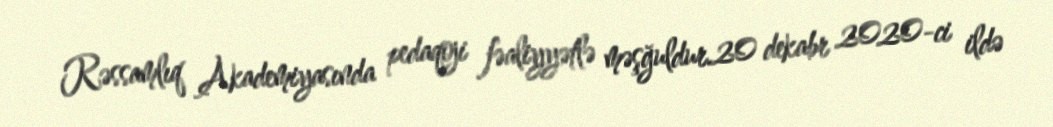
Rəssamlıq Akademiyasında pedaqoji fəaliyyətlə məşğuldur.20 dekabr 2020-ci ildə